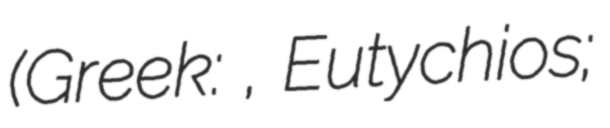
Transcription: (Greek: Ευτύχιος, Eutychios;